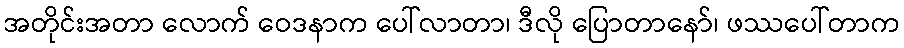
အတိုင်းအတာ လောက် ဝေဒနာက ပေါ်လာတာ၊ ဒီလို ပြောတာနော်၊ ဖဿပေါ်တာက